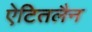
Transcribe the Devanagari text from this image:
ऐटितलैन